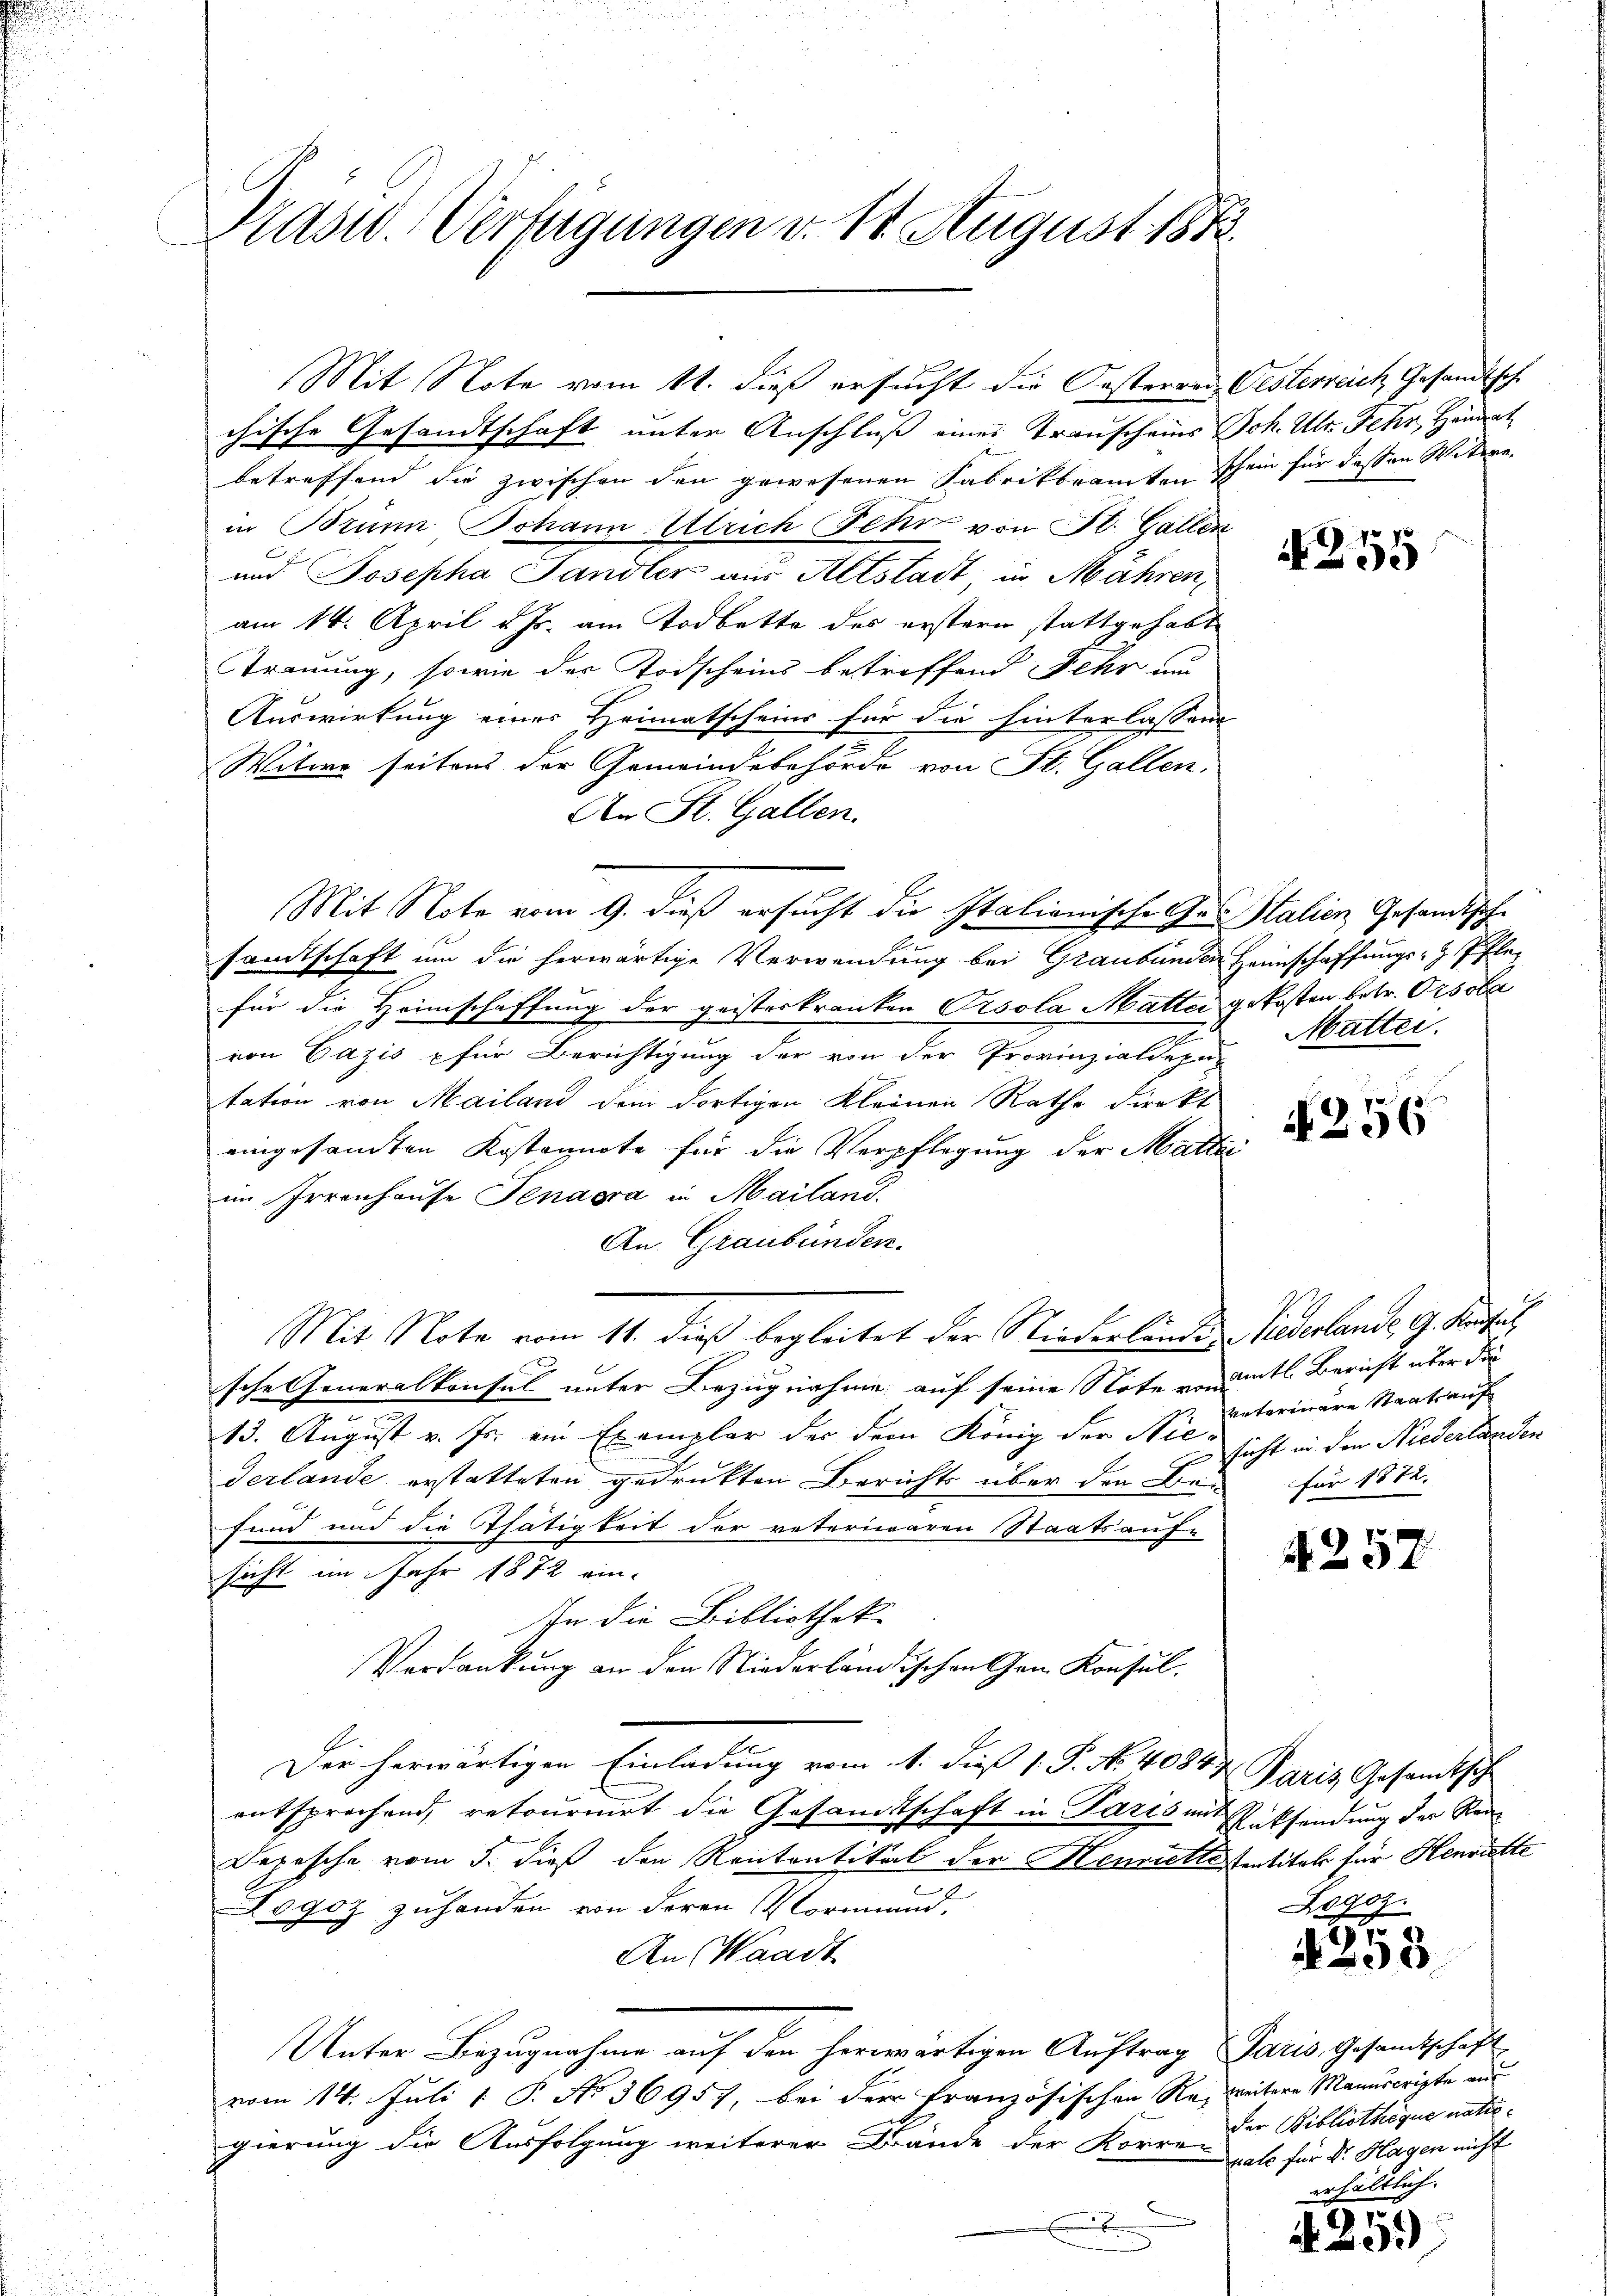
Prasw. Verfügungen v. 11. August 1873.

chische Gesandtschaft unter Anschluß eines Transcheins Joh. Ulr. Jehn, Heimat
betreffend die zwischen den gewesenen Fabrikbeamten schein für dessen Witwe
in Brun Johann Ulrich Fehr von St. Gallen
und Josepha Sandler aus Altstadt, in Mahren,
am 14. April v. Js. am Todbette des erstern stattgehabt
Strauung, sowie der Todscheins betreffend Fehr um
Auswirkung einer Heimatscheins für die hinterlassen
7
Witwe seitens der Gemeindebehörde von St. Gallen.
An St. Gallen.
sandtschaft um die herwärtige Verwendung bei Graubünden Heimschaffungs-Pflefür die Heimschaffung der geisteskranken sola Matter gekosten betr. Orsoba
von Fazis für Berichtigung der von der Provinzialdepa-
tation von Mailand dem dortigen Kleinen Rathe direkt
eingesandten Kostennote für die Verpflegung der Matte
im Irrenhause Jenaera in Mailand.
An Graubünden.
Mit Note vom 11. dieß begleitet der Niederbanden Puderlande G. Satis
sche Generalkonsul unter Bezugnahme auf seine Note von
13. August v. Js. ein Exemplar der dem König der Nie-
Gerlande erstatteten gedrukten Berichts über den Be-
find und die Thätigkeit der veteriwaren Staatsauf-
sicht im Jahr 1872 ein-
In die Bibliothek.
Verdankung an den Niederländischen Gen Konsul
Der herwärtigen Einladung vom 1. dieß P. No. 4084.
entsprochend, retournirt die Gesandtschaft in Paris in Rücksendung der Rau
Depesche vom 5. dieß den Rententikal der Henrietlistantitel für Henritte
c
ogoz zuhanden von deren Vormund,
An Waadt
Unter Bezugnahme auf den herwärtigen Auftrag Paris, Gesandtschaft
vom 14. Juli 1 P. No 36957, bei der Französischen Na, weitere Manuscripte aus
gierung die Ausfolgung weiterer Bände der Korre Dir Bibliotheque nati¬
E

Mit Note vom 11. dieß ersucht die Orsterren Oesterreich Gesandtsche

Mit Note vom 9. dieß ersucht die Italianische des Stalien Gesandische

455

Mattei.

4256

amtl. Bericht über die
veterinare Staatsauf
sicht in den Niederlanden
Für 1872.

257

Paris Gesamtsch

Bogoz.
.
4238.

rate für Dr. Hagen nicht
erhältlich.

5
A.30)